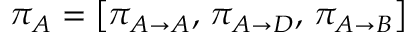
\pi _ { A } = \left[ \pi _ { A \rightarrow A } , \, \pi _ { A \rightarrow D } , \, \pi _ { A \rightarrow B } \right]